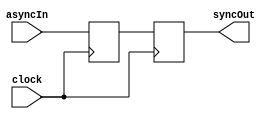
/*
 * A Simple N-Flop Synchroniser Chain
 *
 * You can use this to synchroniser inputs to a clock signal.
 */
 
module NBitSynchroniser #(
    parameter WIDTH = 1,  // Number of bits wide
    parameter LENGTH = 2  // 2-flop synchroniser by default
)(
    //Asynchronous Input
    input  [WIDTH-1:0] asyncIn,
    //Clock and Synchronous Output
    input              clock,
    output [WIDTH-1:0] syncOut
);

// A chain of register for each bit
reg [WIDTH-1:0] syncChain [LENGTH-1:0];

// The first register is most likely to go metastable as it reads asyncIn directly
always @ (posedge clock) begin
    syncChain[0] <= asyncIn;
end

// Subsequent registers reduce the probability of the metastable state propagating
genvar i;
generate for (i = 1; i < LENGTH; i = i + 1) begin : sync_loop
    // For each stage in the synchroniser, add a register
    always @ (posedge clock) begin
        syncChain[i] <= syncChain[i-1];
    end
end endgenerate

// The output comes from the end of the synchroniser chain
assign syncOut = syncChain[LENGTH-1];

endmodule